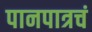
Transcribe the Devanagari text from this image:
पानपात्रचं